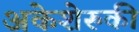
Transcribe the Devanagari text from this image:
अकेशेरुकी